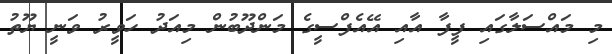
މި މައްސަލާގައި ފީފާ އާއި އޭއެފްސީގެ މަންދޫބުން މިއަދު ހަވީރު ވަނީ ޔޫތު